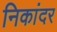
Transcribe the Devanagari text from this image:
निकांदर